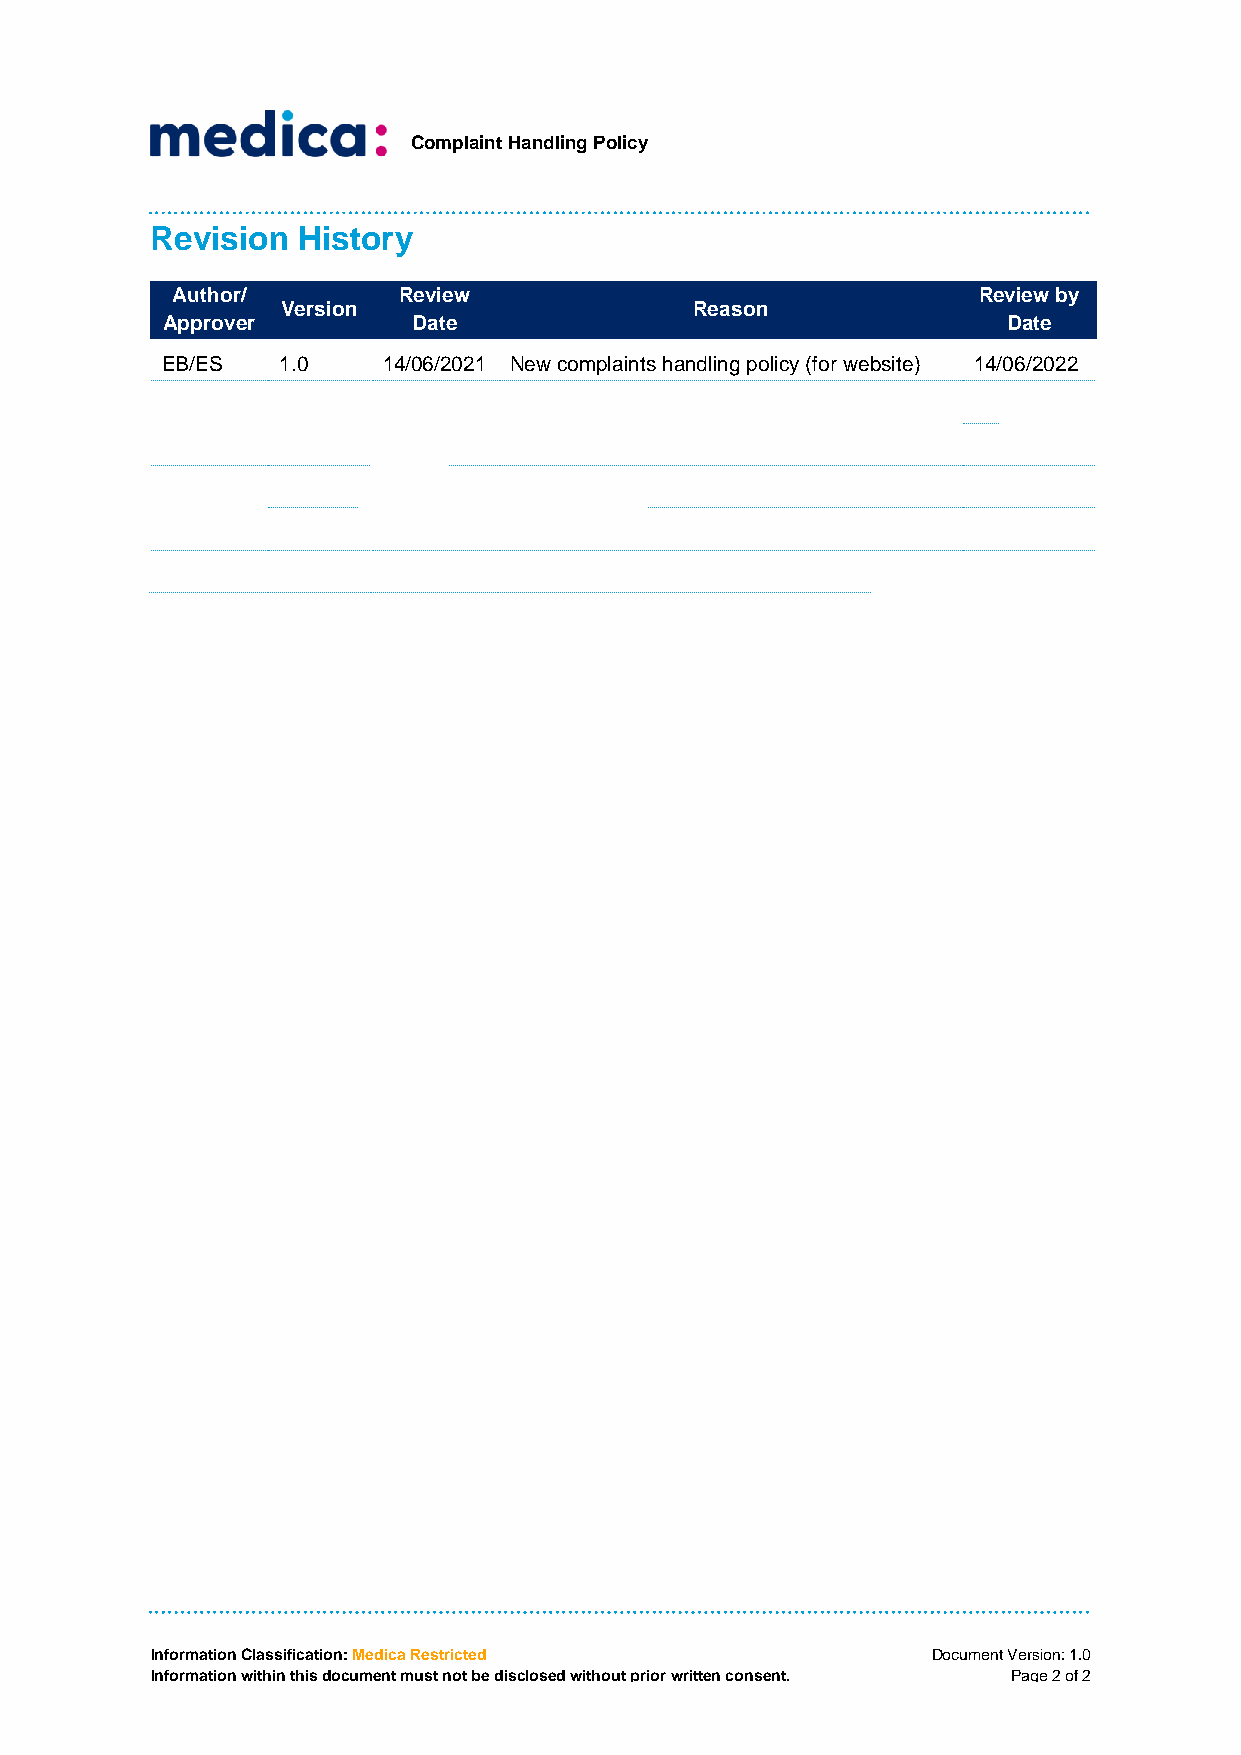
Complaint Handling Policy
 Revision  History
 Author/        Review                                 Review by
 Version                    Reason
 Approver        Date                                    Date
 EB/ES  1.0    14/06/2021 New complaints handling policy (for website) 14/06/2022
 Information Classification: Medica Restricted       Document Version: 1.0
 Information within this document must not be disclosed without prior written consent. Page 2 of 2